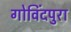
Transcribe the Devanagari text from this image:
गोविंदपुरा